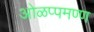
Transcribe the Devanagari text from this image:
ओळप्पमण्ण